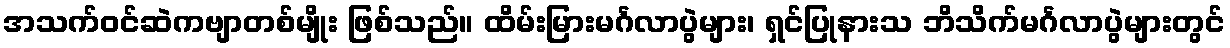
အသက်ဝင်ဆဲကဗျာတစ်မျိုး ဖြစ်သည်။ ထိမ်းမြားမင်္ဂလာပွဲများ၊ ရှင်ပြုနားသ ဘိသိက်မင်္ဂလာပွဲများတွင်